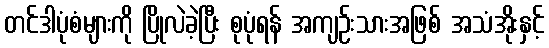
တင်ဒါပုံစံများကို ပြိုလဲခဲ့ပြီး စုပုံရန် အကျဉ်းသားအဖြစ် အသံအိုးနှင့်